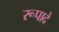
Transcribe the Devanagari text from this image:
रूपादे